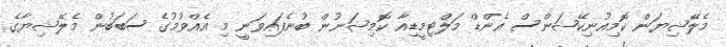
މެލޭޝިޔަން ކޮމިއުނިކޭޝަންސް އެންޑް މަލްޓިމީޑިއާ ކޮމިޝަނުން ބުނެފައިވަނީ މި އެއްވުމުގެ ސަބަބުން މެލޭޝިޔާގެ